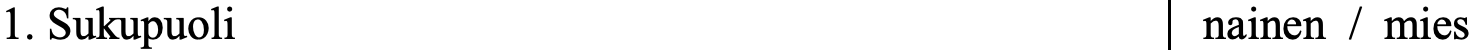
1. Sukupuoli                           nainen / mies